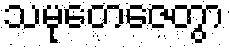
သမုတေဇေတွာ